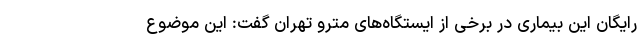
رایگان این بیماری در برخی از ایستگاه‌های مترو تهران گفت: این موضوع